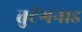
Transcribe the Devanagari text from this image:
तुटंगनाड